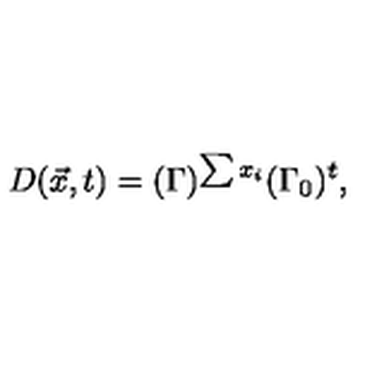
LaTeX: D ( \vec { x } , t ) = ( \Gamma ) ^ { \sum x _ { i } } ( \Gamma _ { 0 } ) ^ { t } ,